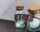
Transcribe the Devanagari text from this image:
राखुंडे